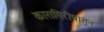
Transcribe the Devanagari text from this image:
कारागिरीपासून